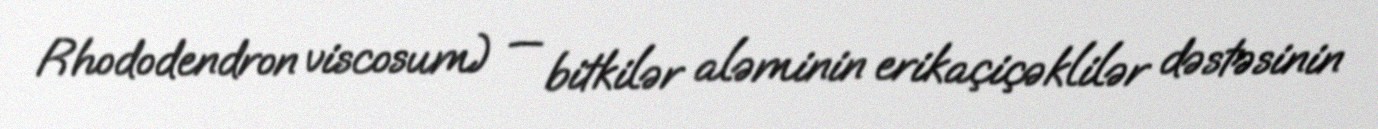
Rhododendron viscosum) — bitkilər aləminin erikaçiçəklilər dəstəsinin